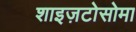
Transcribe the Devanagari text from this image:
शाइज़टोसोमा